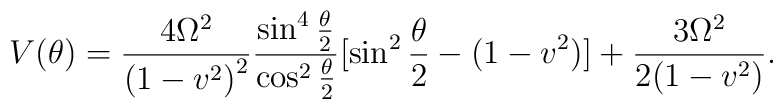
V(\theta)=\frac{4\Omega^2}{{(1-v^2)}^2}\frac{\sin^4\frac{\theta}{2}}{\cos^2\frac{\theta}{2}}[\sin^2\frac{\theta}{2}-(1-v^2)]+\frac{3\Omega^2}{2(1-v^2)}.